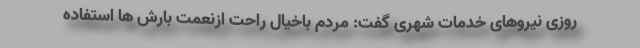
روزی نیروهای خدمات شهری گفت: مردم باخیال راحت ازنعمت بارش ها استفاده